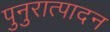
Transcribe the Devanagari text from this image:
पुनुरात्पादन